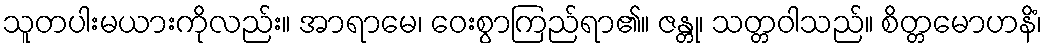
သူတပါးမယားကိုလည်း။ အာရာမေ၊ ဝေးစွာကြည်ရာ၏။ ဇန္တု၊ သတ္တဝါသည်။ စိတ္တမောဟနိံ၊